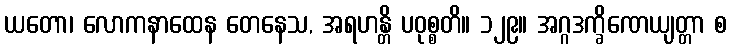
ယတော၊ လောကနာထေန တေနေသ, အရဟန္တိ ပဝုစ္စတိ။ ၁၂၉။ အဂ္ဂဒက္ခိဏေယျတ္တာ စ